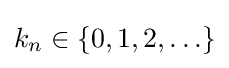
k_{n}\in \{0,1,2,\ldots \}